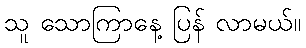
သူ သောကြာနေ့ ပြန် လာမယ်။